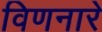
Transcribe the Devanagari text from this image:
विणनारे